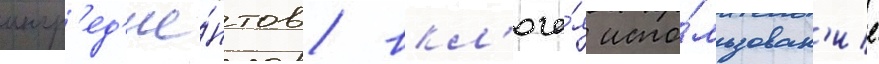
ингр'ед'ие́нтов / вкл'юча́я испо́льзован'ие